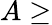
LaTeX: A\geq